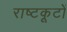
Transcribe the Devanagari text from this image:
राष्टकूटों